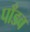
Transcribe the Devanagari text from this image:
पाँडव